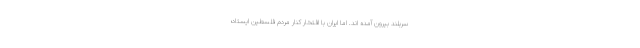
سربلند بیرون آمده اند. اما ایران با افتخار کنار مردم فلسطین ایستاد؛